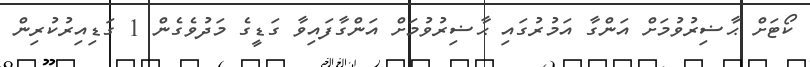
ކޯޓަށް ޙާޟިރުވުމަށް އަންގާ އަމުރުގައި ޙާޟިރުވުމަށް އަންގާފައިވާ ގަޑީގެ މަދުވެގެން 1 ގަޑިއިރުކުރިން